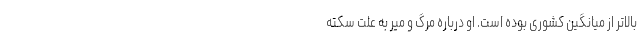
بالاتر از میانگین کشوری بوده است. او درباره مرگ و میر به علت سکته